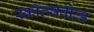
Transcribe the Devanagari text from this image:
स्कॉल्सवोल्ड